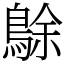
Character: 鵌